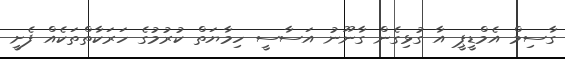
ގާސިމް އެމްޑީޕީ އާ ގުޅިގެން ގާނޫނު އަސާސީ ހިމާޔަތް ކުރުމުގެ ހަރަކާތްތަކެއް ފެށީ